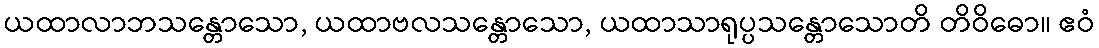
ယထာလာဘသန္တောသော, ယထာဗလသန္တောသော, ယထာသာရုပ္ပသန္တောသောတိ တိဝိဓော။ ဧဝံ